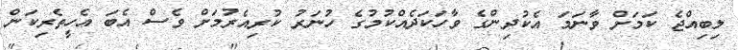
ލިބިއްޖެ ކަމަށް ވާނަމަ އެކުދިންގެ ވާހަކަދެއްކުމުގެ ހުނަރު ކުރިއެރުމަށް ވެސް އެބަ އެހީތެރިކަން